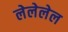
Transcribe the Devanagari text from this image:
लेलेलेल